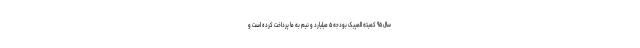
سال ۹۵ کمیته المپیک بودجه ۵ میلیارد و نیم به ما پرداخت کرده است و